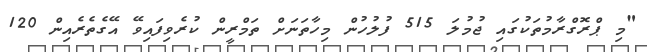
"މި ޕްރޮގްރާމުތަކުގައި ޖުމުލަ 515 ފުލުހުން މިހާތަނަށް ތަމްރީން ކުރެވިފައިވޭ އޭގެތެރެއިން 120